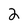
Character: 2